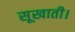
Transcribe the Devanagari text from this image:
सूखाती।